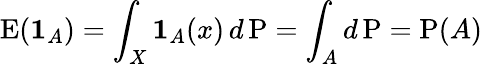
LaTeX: \operatorname{E}(\mathbf{1}_{A})=\int_{X}\mathbf{1}_{A}(x)\, d\operatorname{P}=\int_{A}d\operatorname{P}=\operatorname{P}(A)